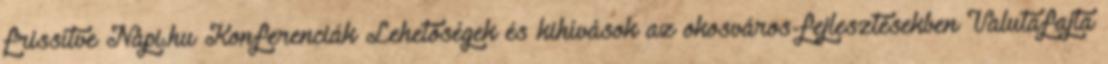
frissítve Napi.hu Konferenciák Lehetőségek és kihívások az okosváros-fejlesztésekben Valutafajta